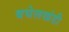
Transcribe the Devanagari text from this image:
बघेलखंडी